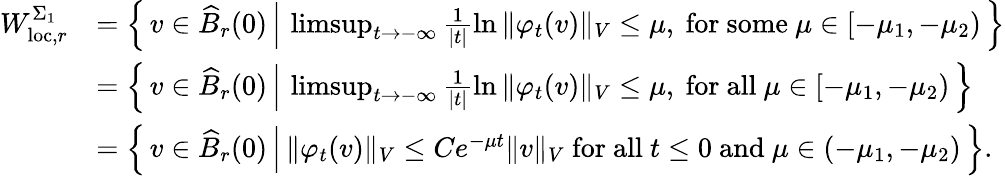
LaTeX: \begin{array}{rl}{W_{\mathrm{loc},r}^{\Sigma_{1}}}&{=\left\{ \, v\in\widehat{B}_{r}(0)\, \Big\vert\, \operatorname*{limsup}_{t\to-\infty}\frac{1}{|t|}\ln{\Vert\varphi_{t}(v)\Vert_{V}}\leq\mu,\mathrm{~for~some~}\mu\in[-\mu_{1},-\mu_{2})\, \right\} }\\ &{=\left\{ \, v\in\widehat{B}_{r}(0)\, \Big\vert\, \operatorname*{limsup}_{t\to-\infty}\frac{1}{|t|}\ln{\Vert\varphi_{t}(v)\Vert_{V}}\leq\mu,\mathrm{~for~all~}\mu\in[-\mu_{1},-\mu_{2})\, \right\} }\\ &{=\left\{ \, v\in\widehat{B}_{r}(0)\, \Big\vert\, \Vert\varphi_{t}(v)\Vert_{V}\leq Ce^{-\mu t}\Vert v\Vert_{V}\mathrm{~for~all~}t\leq 0\mathrm{~and~}\mu\in(-\mu_{1},-\mu_{2})\, \right\} .}\end{array}